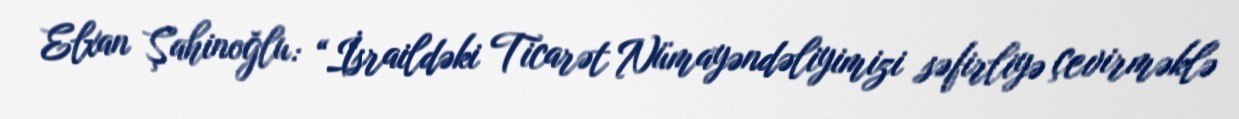
Elxan Şahinoğlu: “İsraildəki Ticarət Nümayəndəliyimizi səfirliyə çevirməklə